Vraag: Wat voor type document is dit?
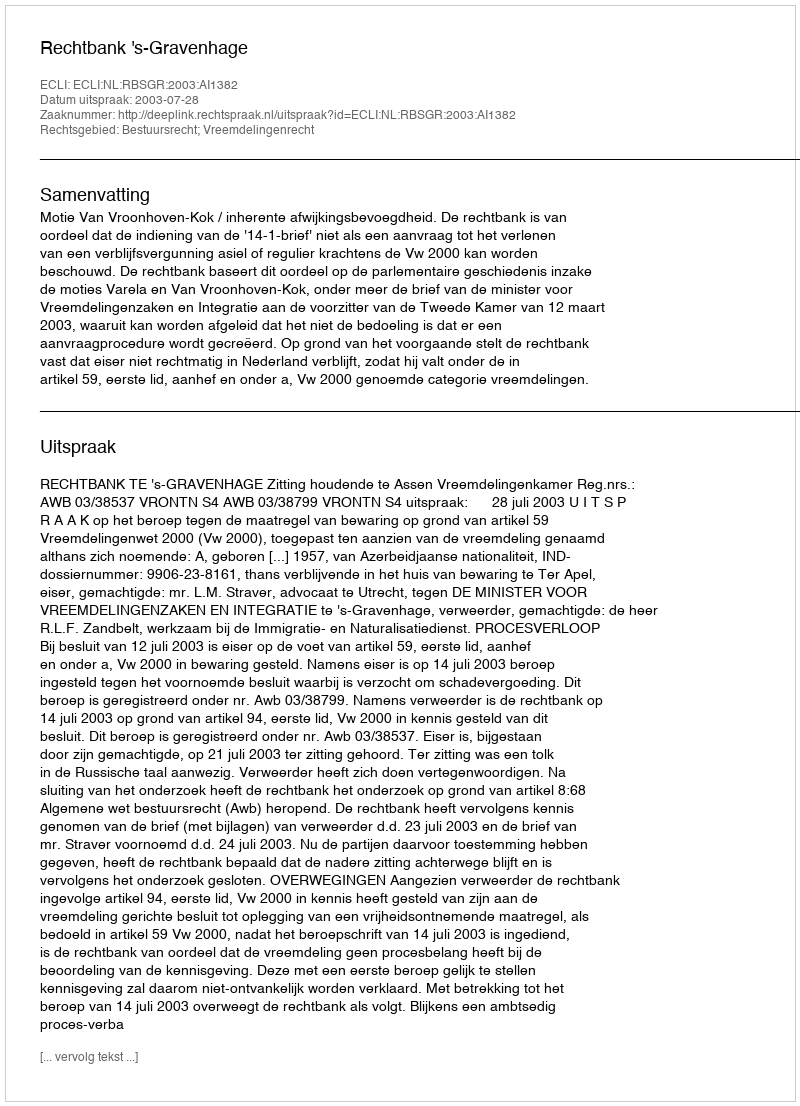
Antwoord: Uitspraak